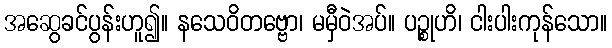
အဆွေခင်ပွန်းဟူ၍။ နသေဝိတဗ္ဗော၊ မမှီဝဲအပ်။ ပဉ္စုဟိ၊ ငါးပါးကုန်သော။